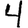
Digit: 4